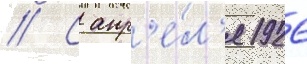
// С апр'е́л'я 1926